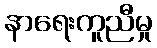
နာရေးကူညီမှု